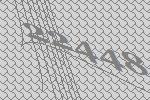
22448